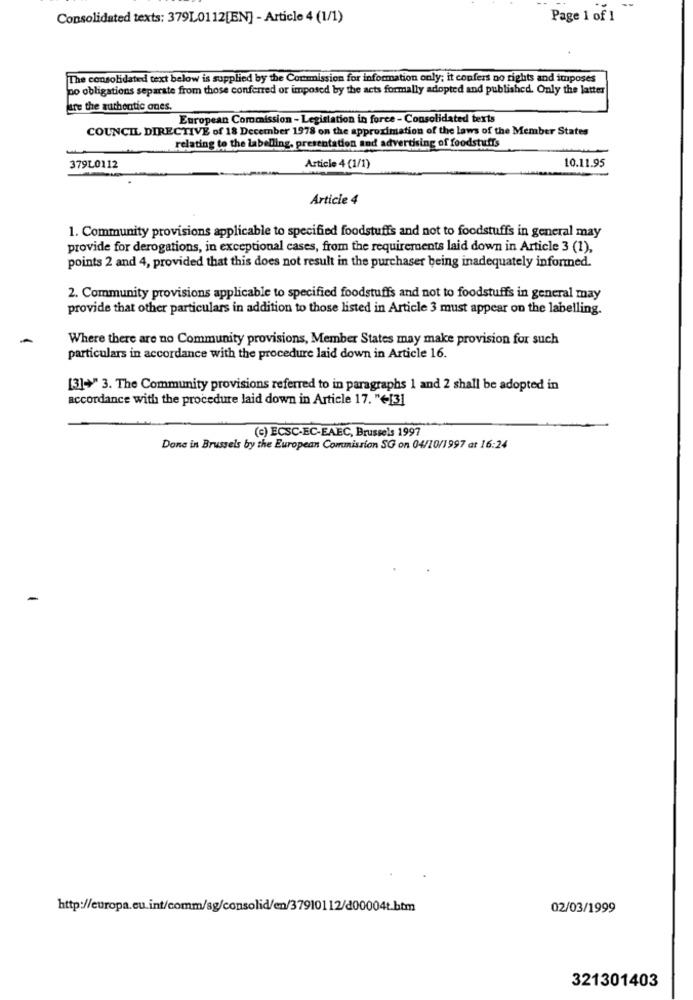
Consolidated texts: 379L0112[EN] - Article 4 (1/1)
Page 1 of 1
The consolidated text below is supplied by the Commission for information only; it confers no rights and imposes
po obligations separate from those conferred or imposed by the acts formally adopted and published. Only the latter
are the authentic ones.
European Commission - Legislation in force - Consolidated texts
COUNCIL DIRECTIVE of 18 December 1978 on the approximation of the laws of the Member States
relating to the labelling, presentation and advertising of foodstuffs
10.11.95
379L0112
Article 4 (1/1)
Article 4
1. Community provisions applicable to specified foodstuffs and not to foodstuffs in general may
provide for derogations, in exceptional cases, from the requirements laid down in Article 3 (1),
points 2 and 4, provided that this does not result in the purchaser being inadequately informed.
2. Community provisions applicable to specified foodstuffs and not to foodstuffs in general may
provide that other particulars in addition to those listed in Article 3 must appear on the labelling.
Where there are no Community provisions, Member States may make provision for such
particulars in accordance with the procedure laid down in Article 16.
[3]+" 3. The Community provisions referred to in paragraphs 1 and 2 shall be adopted in
accordance with the procedure laid down in Article 17. "+[3]
(c) ECSC-EC-EAEC, Brussels 1997
Done in Brussels by the European Commission SG on 04/10/1997 at 16:24
02/03/1999
321301403